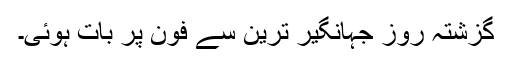
گزشتہ روز جہانگیر ترین سے فون پر بات ہوئی۔